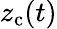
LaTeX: z_{\mathrm{c}}(t)